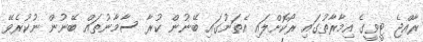
ރާއްޖެ ޓީވީގެ އިމާރާތުގައި ރޯކޮށްލައި އެތަނުގައި ބޭނުން ކުރާ ސާމާނުތައް ބޭނުން ނުކުރެވޭ